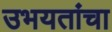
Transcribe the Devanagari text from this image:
उभयतांचा